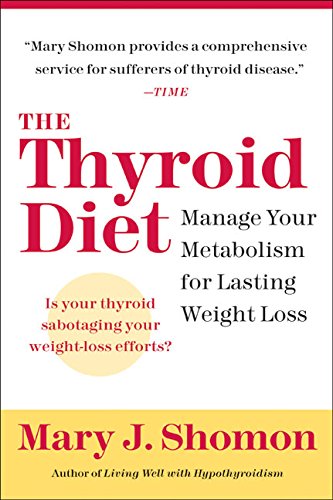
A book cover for The Thyroid Diet: Manage Your Metabolism for Lasting Weight Loss; Mary J. Shomon; Health, Fitness & Dieting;